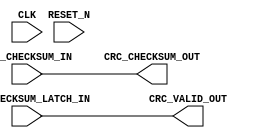
module	crc_checksum_aligner (
	CLK,
	RESET_N,
	
	CRC_CHECKSUM_LATCH_IN,
	CRC_CHECKSUM_IN,
	
	CRC_VALID_OUT,
	CRC_CHECKSUM_OUT
);

parameter	CRC_WIDTH = 32;
parameter	LATENCY = 0;

input					CLK;
input					RESET_N;
	
input					CRC_CHECKSUM_LATCH_IN;
input	[CRC_WIDTH-1:0]	CRC_CHECKSUM_IN;
	
output					CRC_VALID_OUT;
output	[CRC_WIDTH-1:0]	CRC_CHECKSUM_OUT;

generate
	if (LATENCY == 0) begin
		assign CRC_VALID_OUT = CRC_CHECKSUM_LATCH_IN;  	
		assign CRC_CHECKSUM_OUT = CRC_CHECKSUM_IN; 	
				
	end
	else begin
		reg						crc_valid_delay	[0:LATENCY-1];
		reg		[CRC_WIDTH-1:0]	crc_checksum_delay [0:LATENCY-1];
		
		integer i;
    	always @(posedge CLK or negedge RESET_N)
    		if (!RESET_N) begin
    			for (i=0; i<LATENCY; i=i+1) begin
    				crc_valid_delay[i] <= 1'b0;
    				crc_checksum_delay[i] <= {CRC_WIDTH{1'b0}};
    			end
    		end
    		else begin
    			crc_valid_delay[0] <= CRC_CHECKSUM_LATCH_IN;
    			crc_checksum_delay[0] <= CRC_CHECKSUM_IN;
    				
    			for (i=0; i<LATENCY-1; i=i+1) begin
    				crc_valid_delay[i+1] <= crc_valid_delay[i];
    				crc_checksum_delay[i+1] <= crc_checksum_delay[i]; 
    			end
    		end	
    		
		assign CRC_VALID_OUT = crc_valid_delay[LATENCY-1]; 	
    	assign CRC_CHECKSUM_OUT = crc_checksum_delay[LATENCY-1]; 			
	end
endgenerate	

endmodule